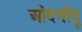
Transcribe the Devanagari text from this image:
ओंदनोंदू